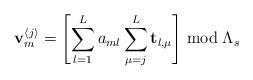
LaTeX: \begin{align*}\mathbf{v}_{m}^{\left\langle j\right\rangle }=\left[\sum_{l=1}^{L}a_{ml}\sum_{\mu=j}^{L}\mathbf{t}_{l,\mu}\right]\bmod\Lambda_{s}\end{align*}